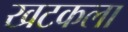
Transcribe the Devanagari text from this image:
खटकला